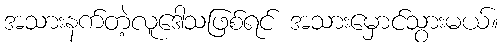
အသားနက်တဲ့လူဒေါသဖြစ်ရင် အသားမှောင်သွားမယ်။